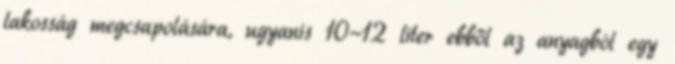
lakosság megcsapolására, ugyanis 10-12 liter ebből az anyagból egy